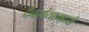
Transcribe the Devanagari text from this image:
देवरांयामध्ये